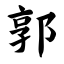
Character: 郭